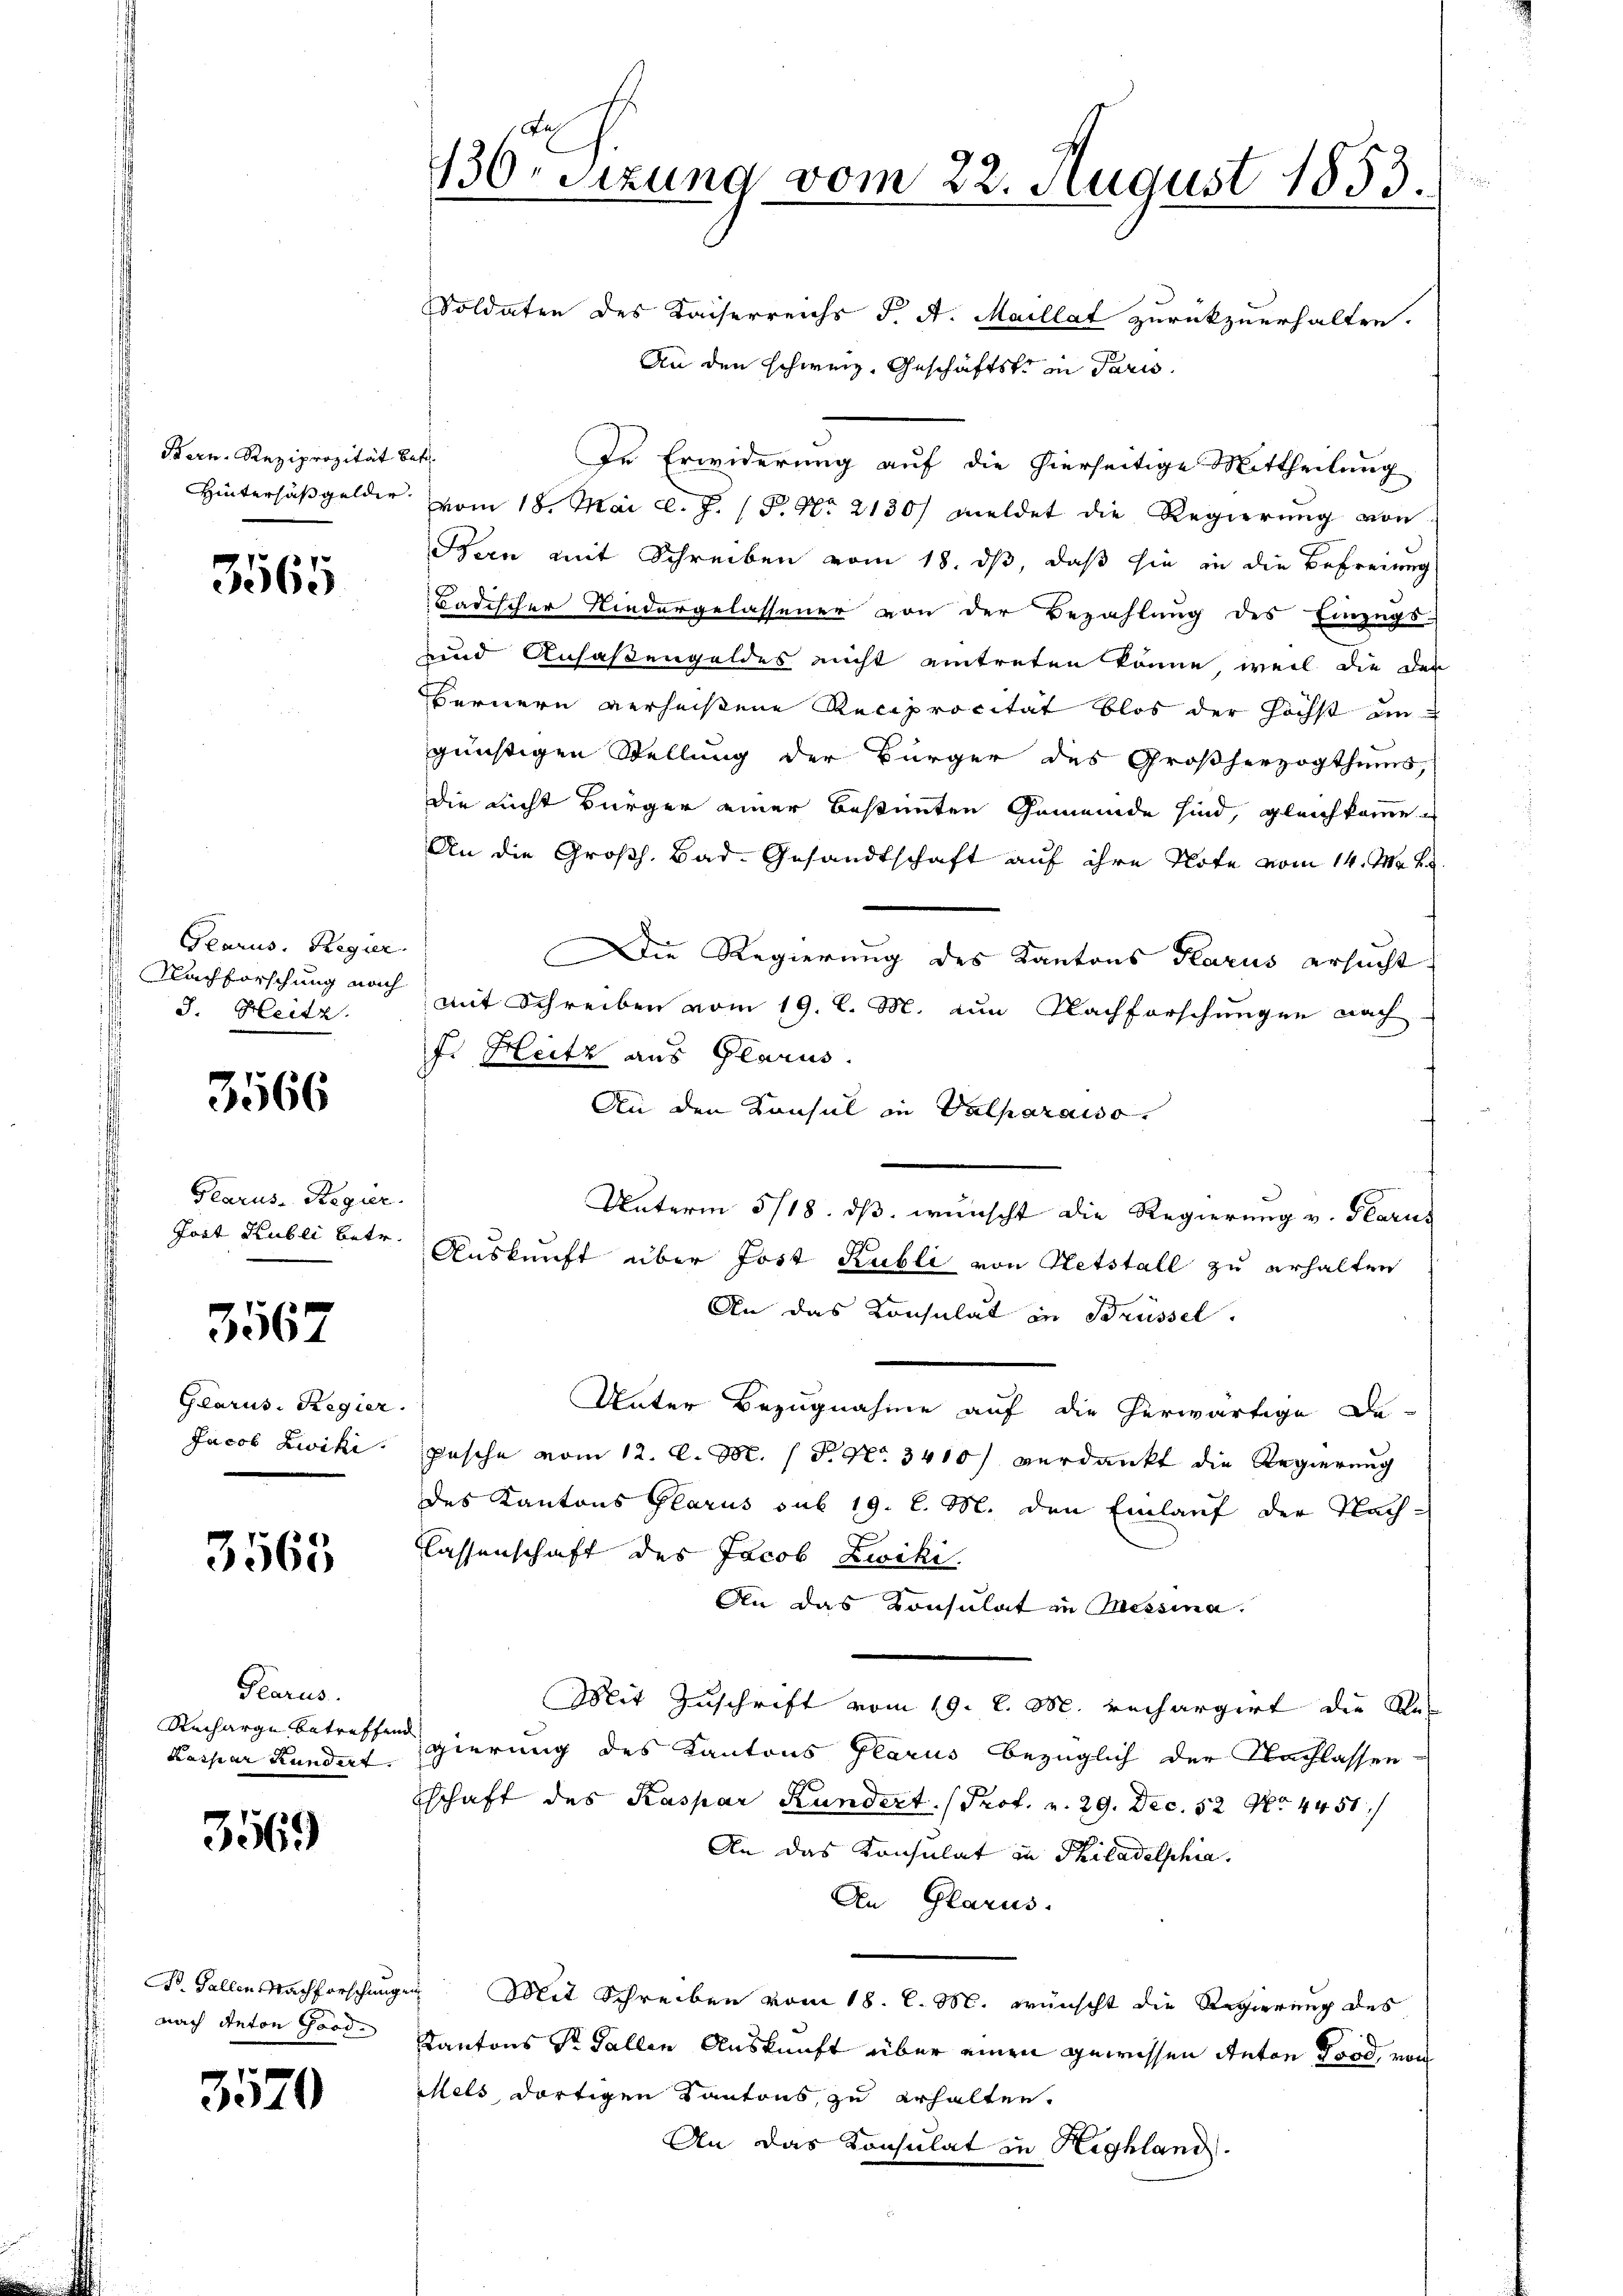
Bern. Reziprozität betr.

3565

Glarus, Regier
Nachforschung nach
J. Heitz.

3566

Plarus-Regier
Jost Huber betr.

3567

Glarus: Regier
Jacob Zwiki.

3563

Plarus.
Recharge betreffend
Kassar Kundert

3569

Dr. Gallen Nachforschunge
nach Anton Good¬

3570

Jah
136 sizung vom 22. August 1853.
2

Soldaten des Kaiserreichs J. A. Maillat zurückzuerhalten.
An den Schweiz. Geschäftste in Paris
In Erwiderung auf die hierseitige Mittheilung
Hintersäßgelder vom 18. Mai l. J. P. Nr. 2130/ meldet die Regierung von
Bern mit Schreiben vom 18. ds, daß sie in die Befreiung
Badischer Niedergelassener von der Bezahlung des Einzugs-
unnd Ansaßengeldes nicht eintreten könne, weil die der
Bernern verheißene Reciprocität blos der höchst in
günstigen Stellung der Bürger des Großherzogthums,
die nicht Bürger einer Bestimmten Gemeinde sind, gleichkomme
An die Großh. Bad- Gesandtschaft auf ihre Note vom 14. M. v.
Die Regierung des Kantons Glarus ersucht
mit Schreiben vom 19. l. M. zum Nachforschungen nach
F. Heitz aus Glarus.
An den Konsul in Valparaiso
Unterm 5/18. ds. wünscht die Regierung v. Glarus
Auskunft über Jost Kubli von Hetstall zu erhalten
An das Consulat in Brüssel.
Unter Bezugnahme auf die herwärtige De-
pasche vom 12. d. M. P. Nr. 3410/ verdankt die Regierung
des Kantons Glarus sub 19. l. M. den Einlauf der Nach-
lassenschaft des Jacob Zwiki.
An das Consulat in Messina.
Mit Zuschrift vom 19. d. M. rechargirt die Res
gierung des Kantons Glarus bezüglich der Nachlassen-
tschaft des Kaspar Kundert Prof. v. 29. Dec. 12 No 4451
An das Konsulat in Philadelphia
An Glarus.
 Mit Schreiben vom 18. d. M. wünscht die Regierung des
Kantons St. Gallen Auskunft über einen gewissen Anton Tod, von
Wels, dortigen Kantons, zu erhalten.
An das Konsulat in Highland.